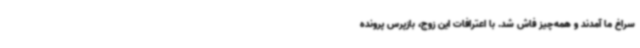
سراغ ما آمدند و همه‌چیز فاش شد. با اعترافات این زوج، بازپرس پرونده